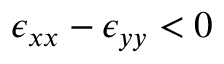
\epsilon _ { x x } - \epsilon _ { y y } < 0